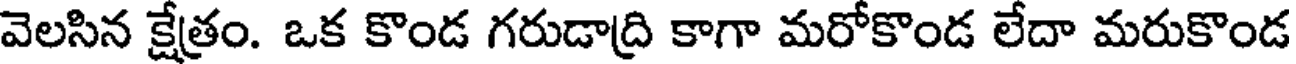
వెలసిన క్షేత్రం. ఒక కొండ గరుడాద్రి కాగా మరోకొండ లేదా మరుకొండ